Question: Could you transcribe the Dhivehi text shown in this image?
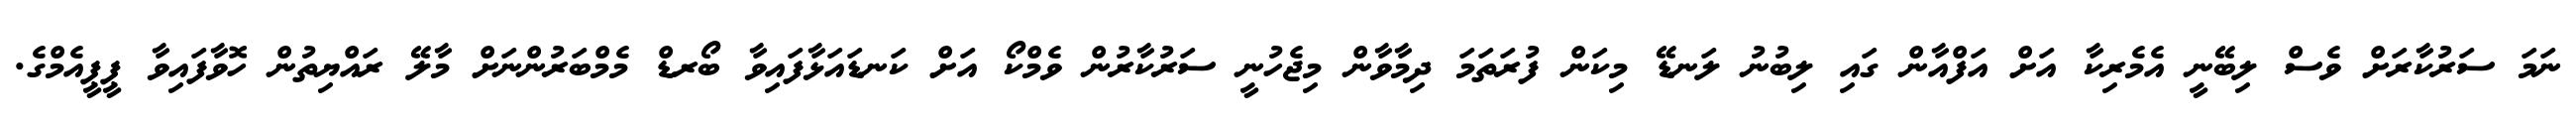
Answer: ނަމަ ސަރުކާރަށް ވެސް ލިބޭނީ އެމެރިކާ އަށް އަފްއާން ގައި ލިބުނު ލަނޑޭ މިކަން ފުރަތަމަ ދިމާވާން މިޖެހުނީ ސަރުކާރުން ވެމްކޯ އަށް ކަނޑައަޅާފައިވާ ބޯރޑް މެމްބަރުންނަށް މާލޭ ރައްޔިތުން ހޮވާފައިވާ ޕީޕީއެމްގެ.